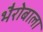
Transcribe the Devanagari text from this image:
भैरोबाला